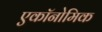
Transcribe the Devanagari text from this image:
एकॉनोमिक